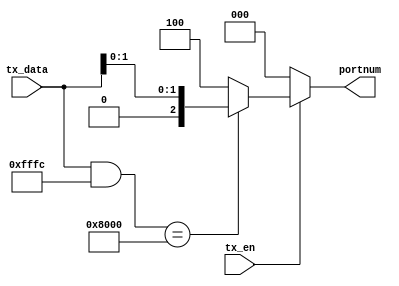
`timescale 1ns / 1ps
/***********************************************************************************************************************
*                                                                                                                      *
* ANTIKERNEL v0.1                                                                                                      *
*                                                                                                                      *
* Copyright (c) 2012-2016 Andrew D. Zonenberg                                                                          *
* All rights reserved.                                                                                                 *
*                                                                                                                      *
* Redistribution and use in source and binary forms, with or without modification, are permitted provided that the     *
* following conditions are met:                                                                                        *
*                                                                                                                      *
*    * Redistributions of source code must retain the above copyright notice, this list of conditions, and the         *
*      following disclaimer.                                                                                           *
*                                                                                                                      *
*    * Redistributions in binary form must reproduce the above copyright notice, this list of conditions and the       *
*      following disclaimer in the documentation and/or other materials provided with the distribution.                *
*                                                                                                                      *
*    * Neither the name of the author nor the names of any contributors may be used to endorse or promote products     *
*      derived from this software without specific prior written permission.                                           *
*                                                                                                                      *
* THIS SOFTWARE IS PROVIDED BY THE AUTHORS "AS IS" AND ANY EXPRESS OR IMPLIED WARRANTIES, INCLUDING, BUT NOT LIMITED   *
* TO, THE IMPLIED WARRANTIES OF MERCHANTABILITY AND FITNESS FOR A PARTICULAR PURPOSE ARE DISCLAIMED. IN NO EVENT SHALL *
* THE AUTHORS BE HELD LIABLE FOR ANY DIRECT, INDIRECT, INCIDENTAL, SPECIAL, EXEMPLARY, OR CONSEQUENTIAL DAMAGES        *
* (INCLUDING, BUT NOT LIMITED TO, PROCUREMENT OF SUBSTITUTE GOODS OR SERVICES; LOSS OF USE, DATA, OR PROFITS; OR       *
* BUSINESS INTERRUPTION) HOWEVER CAUSED AND ON ANY THEORY OF LIABILITY, WHETHER IN CONTRACT, STRICT LIABILITY, OR TORT *
* (INCLUDING NEGLIGENCE OR OTHERWISE) ARISING IN ANY WAY OUT OF THE USE OF THIS SOFTWARE, EVEN IF ADVISED OF THE       *
* POSSIBILITY OF SUCH DAMAGE.                                                                                          *
*                                                                                                                      *
***********************************************************************************************************************/

/**
	@file
	@author Andrew D. Zonenberg
	@brief Core routing algorithm for NoC routers
 */
module NOCRouterCore(
	tx_en, tx_data,
	portnum
    );

	////////////////////////////////////////////////////////////////////////////////////////////////
	// IO / parameter declarations
	
	input wire tx_en;
	input wire[31:0] tx_data;
	
	output reg[2:0] portnum = 0;
		
	/*
		This is NOT like a typical IP subnet mask - the mask specifies the bits to be checked when
		making routing decisions. This means that for a /8 subnet the masks would look something like
		FC00 (subnet) and 0300 (host).
		
		TODO: allow a single CIDR-style input and auto-compute the rest of these values at
		compile time?
	 */
	parameter SUBNET_MASK = 16'hFFFC;	//default to /14 subnet
	parameter SUBNET_ADDR = 16'h8000;	//first valid subnet address
	parameter HOST_BIT_HIGH = 1;			//host bits
	localparam HOST_BIT_LOW = HOST_BIT_HIGH - 1;

	////////////////////////////////////////////////////////////////////////////////////////////////
	// Main routing logic
	
	//Combinatorial forwarding
	always @(tx_en, tx_data) begin
		
		portnum <= 0;
		
		//tx_en asserted? Load new address
		//TODO: only do this on first tx_en rising edge
		if(tx_en) begin
			if((tx_data & SUBNET_MASK) == SUBNET_ADDR)
				portnum <= tx_data[HOST_BIT_HIGH:HOST_BIT_LOW];
			else
				portnum <= 4;
		end
		
	end


endmodule